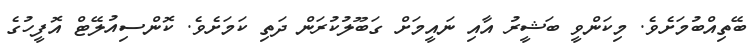
ބޭތިއްބުމަށެވެ. މިކަންވީ ބަޝީރު އާއި ނައީމަށް ގަބޫލުކުރަން ދަތި ކަމަށެވެ. ކޮންސިއުލޭޓް އޮފީހުގެ